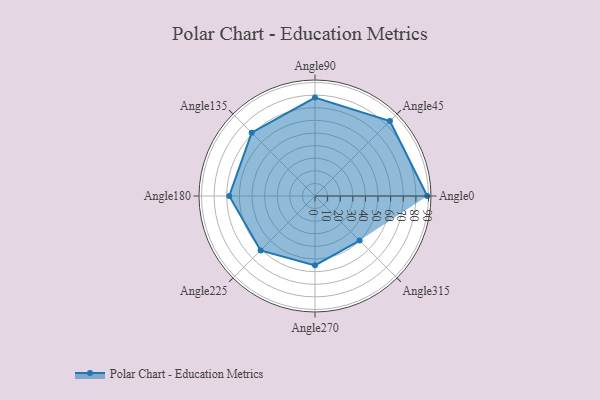
{"axis": {"x": "Angle", "y": "Radius"}, "legend": [""], "data": [{"x": "Angle0", "y": 89.0, "type": ""}, {"x": "Angle45", "y": 84.0, "type": ""}, {"x": "Angle90", "y": 78.0, "type": ""}, {"x": "Angle135", "y": 71.0, "type": ""}, {"x": "Angle180", "y": 68.0, "type": ""}, {"x": "Angle225", "y": 61.0, "type": ""}, {"x": "Angle270", "y": 55.0, "type": ""}, {"x": "Angle315", "y": 50, "type": ""}]}